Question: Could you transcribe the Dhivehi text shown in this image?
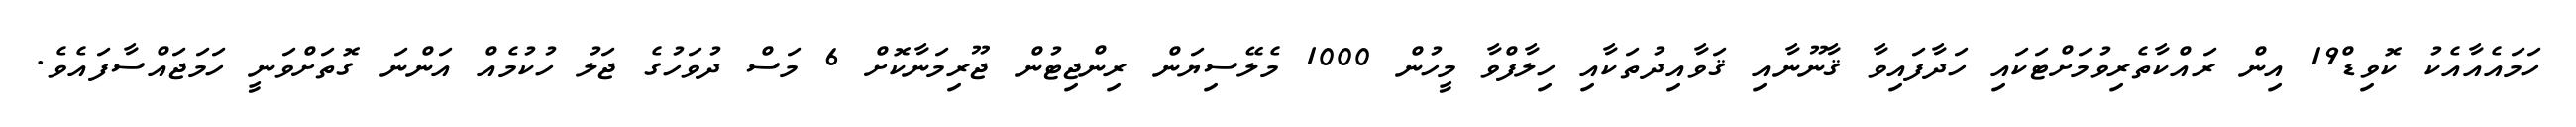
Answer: ހަމައެއާއެކު ކޮވިޑް19 އިން ރައްކާތެރިވުމަށްޓަކައި ހަދާފައިވާ ޤާނޫނާއި ޤަވާއިދުތަކާއި ހިލާފްވާ މީހުން 1000 މެލޭސިޔަން ރިންޖިޓުން ޖޫރިމަނާކޮށް 6 މަސް ދުވަހުގެ ޖަލު ހުކުމެއް އަންނަ ގޮތަށްވަނީ ހަމަޖައްސާފައެވެ.